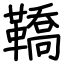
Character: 鞽